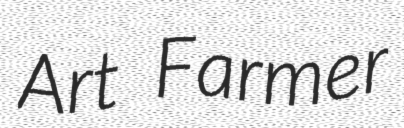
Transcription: Art Farmer